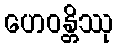
ဟေဝန္တိဿု